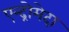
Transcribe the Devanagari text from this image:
एन्द्रोमेदा